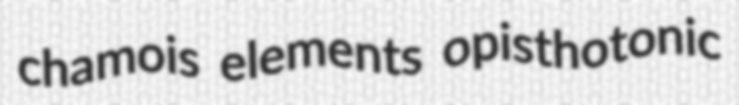
chamois elements opisthotonic